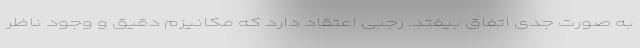
به صورت جدی اتفاق بیفتد. رجبی اعتقاد دارد که مکانیزم دقیق و وجود ناظر